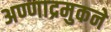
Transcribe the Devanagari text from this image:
अण्णाद्रमुकने